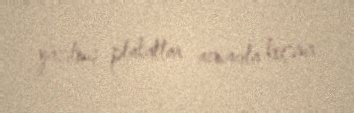
yazılmış plakatlar asmaqla keçirir.